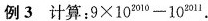
例3 计算: $$9 \times 10 ^ { 2010 } - 10 ^ { 2011 }$$ .